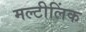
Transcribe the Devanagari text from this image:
मल्टीलिंक